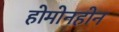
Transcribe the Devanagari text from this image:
होमोनहोन